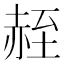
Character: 𫎮